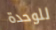
للوحدة